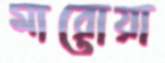
মারোয়া